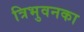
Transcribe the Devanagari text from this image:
त्रिभुवनका